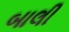
બાલી